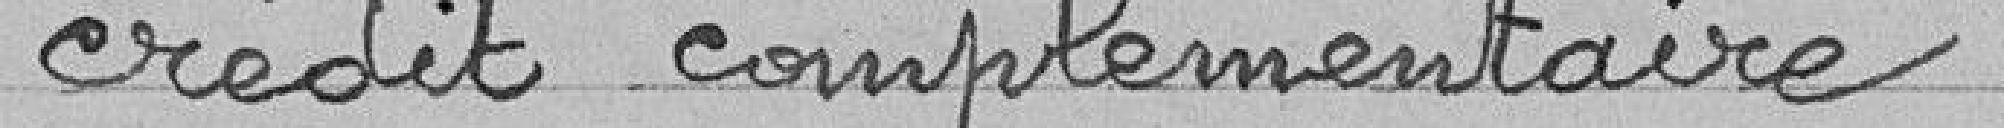
crédit complémentaire -